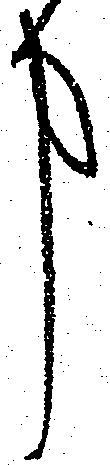
事